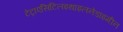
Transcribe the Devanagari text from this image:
टेट्राएसिटिलइथाइलनेडाइमीन